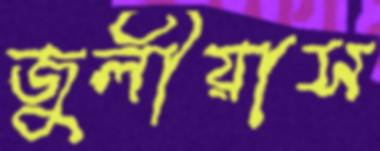
জুলীয়াস